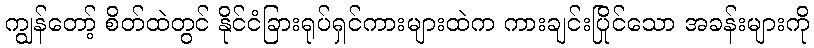
ကျွန်တော့် စိတ်ထဲတွင် နိုင်ငံခြားရုပ်ရှင်ကားများထဲက ကားချင်းပြိုင်သော အခန်းများကို